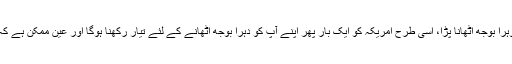
ایران کا ردعمل جو بھی ہو، اتنا واضح ہے کہ جس طرح گدھے نے چالاکی دکھائی تھی اور اسے دوہرا بوجھ اٹھانا پڑا، اسی طرح امریکہ کو ایک بار پھر اپنے آپ کو دہرا بوجھ اٹھانے کے لئے تیار رکھنا ہوگا اور عین ممکن ہے کہ اس بار بوجھ اتنا زیادہ ہو جائے کہ وہ اٹھ ہی نہ سکے اور دوسروں کو اسکی مدد کے لئے آنا پڑے۔